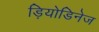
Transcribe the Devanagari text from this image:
ड़ियोडिनेज